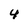
Character: 4